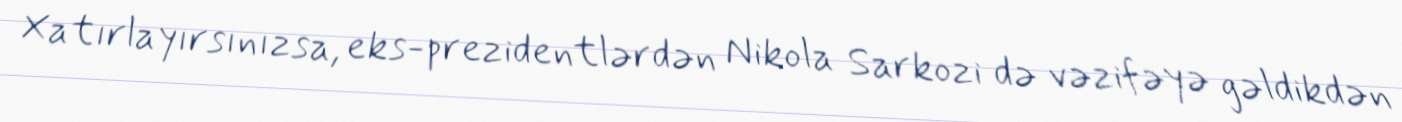
Xatırlayırsınızsa, eks-prezidentlərdən Nikola Sarkozi də vəzifəyə gəldikdən